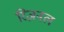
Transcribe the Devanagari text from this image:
रिज़नल